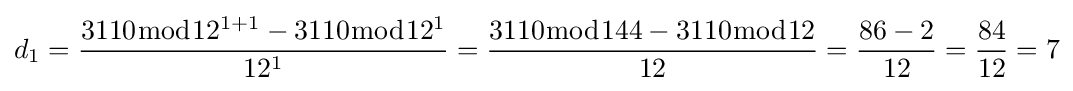
d_{1}={\frac {3110{\bmod {12^{1+1}}}-3110{\bmod {1}}2^{1}}{12^{1}}}={\frac {3110{\bmod {144}}-3110{\bmod {1}}2}{12}}={\frac {86-2}{12}}={\frac {84}{12}}=7